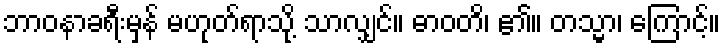
ဘာဝနာခရီးမှန် မဟုတ်ရာသို့ သာလျှင်။ ဓာဝတိ၊ ၏။ တသ္မာ၊ ကြောင့်။